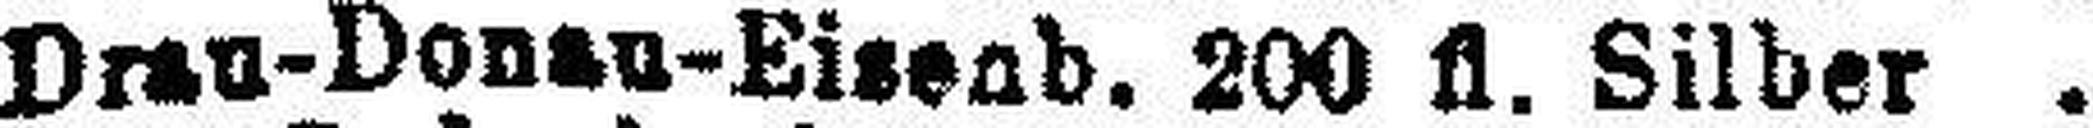
Drau-Donau-Eisenb. 200 fl. Silber